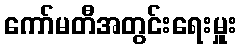
ကော်မတီအတွင်းရေးမှူး